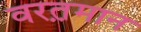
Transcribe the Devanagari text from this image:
वरत़़मान